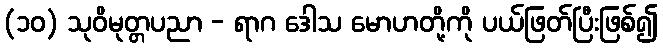
(၁၀) သုဝိမုတ္တပညာ - ရာဂ ဒေါသ မောဟတို့ကို ပယ်ဖြတ်ပြီးဖြစ်၍